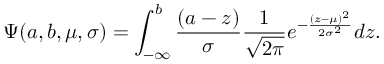
\Psi ( a , b , \mu , \sigma ) = \int _ { - \infty } ^ { b } \frac { ( a - z ) } { \sigma } \frac { 1 } { \sqrt { 2 \pi } } e ^ { - \frac { ( z - \mu ) ^ { 2 } } { 2 \sigma ^ { 2 } } } d z .